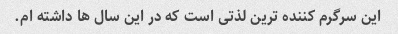
این سرگرم کننده ترین لذتی است که در این سال ها داشته ام.